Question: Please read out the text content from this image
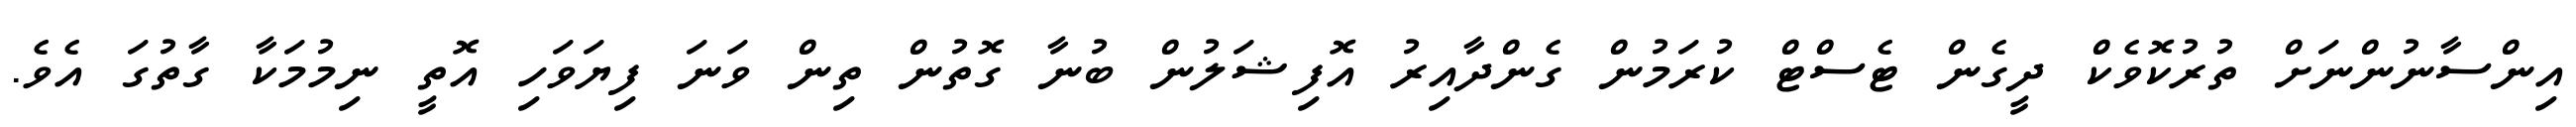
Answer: އިންސާނުންނަށް ތުރުކޮވެކް ދީގެން ޓެސްޓް ކުރަމުން ގެންދާއިރު އޮފިޝަލުން ބުނާ ގޮތުން ތިން ވަނަ ފިޔަވަހި އޮތީ ނިމުމަކާ ގާތުގަ އެވެ.